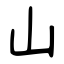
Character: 山